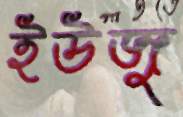
ইউজু